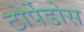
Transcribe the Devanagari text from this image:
टोर्पेडोस